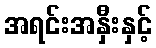
အရင်းအနှီးနှင့်